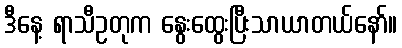
ဒီနေ့ ရာသီဥတုက နွေးထွေးပြီးသာယာတယ်နော်။